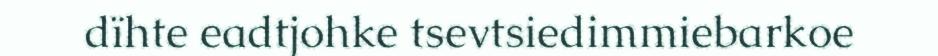
dïhte eadtjohke tsevtsiedimmiebarkoe